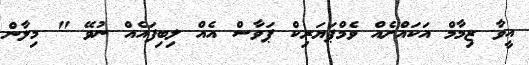
އީވާ ޒިމާމް އަކައްށެއް ވެމްޕަޔަރިކް ޕަވާސް އެއް ލިބިފައެއް ނުވޭ " މިލާން